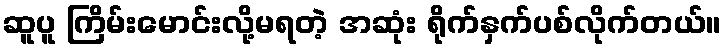
ဆူပူ ကြိမ်းမောင်းလို့မရတဲ့ အဆုံး ရိုက်နှက်ပစ်လိုက်တယ်။